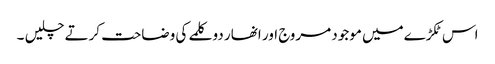
اس ٹکڑےمیں موجود مروج اور انھار دو کلمے کی وضاحت کرتے چلیں ۔